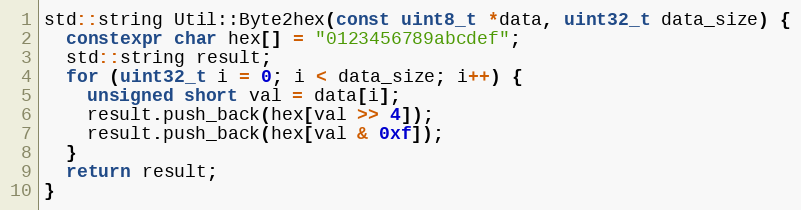
Language: C++
std::string Util::Byte2hex(const uint8_t *data, uint32_t data_size) {
  constexpr char hex[] = "0123456789abcdef";
  std::string result;
  for (uint32_t i = 0; i < data_size; i++) {
    unsigned short val = data[i];
    result.push_back(hex[val >> 4]);
    result.push_back(hex[val & 0xf]);
  }
  return result;
}